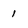
Character: 1